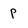
Character: p